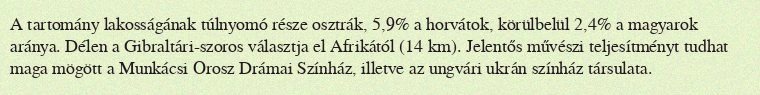
A tartomány lakosságának túlnyomó része osztrák, 5,9% a horvátok, körülbelül 2,4% a magyarok aránya. Délen a Gibraltári-szoros választja el Afrikától (14 km). Jelentős művészi teljesítményt tudhat maga mögött a Munkácsi Orosz Drámai Színház, illetve az ungvári ukrán színház társulata.